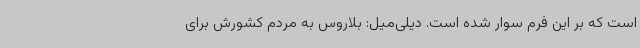
است که بر این فرم سوار شده است. دیلی‌میل: بلاروس به مردم کشورش برای